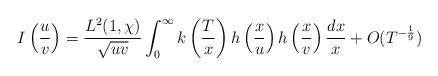
LaTeX: \begin{align*} I\left(\frac{u}{v}\right)=\frac{L^2(1,\chi)}{\sqrt{uv}}\int_0^\infty k\left(\frac{T}{x}\right)h\left(\frac{x}{u}\right)h\left(\frac{x}{v}\right)\frac{dx}{x}+O(T^{-\frac{1}{9}})\end{align*}